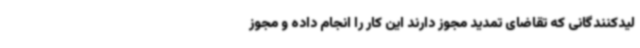
لیدکنندگانی که تقاضای تمدید مجوز دارند این کار را انجام داده و مجوز